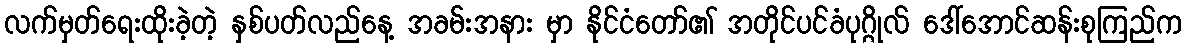
လက်မှတ်ရေးထိုးခဲ့တဲ့ နှစ်ပတ်လည်နေ့ အခမ်းအနား မှာ နိုင်ငံတော်၏ အတိုင်ပင်ခံပုဂ္ဂိုလ် ဒေါ်အောင်ဆန်းစုကြည်က